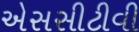
એસસીટીવી